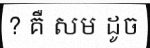
? គឺ សម ដូច